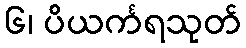
၆၊ ပိယင်္ကရသုတ်